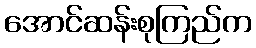
အောင်ဆန်းစုကြည်က